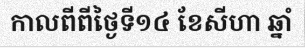
កាលពីពីថ្ងៃទី១៤ ខែសីហា ឆ្នាំ